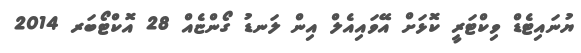
ޔުނައިޓެޑް ވިކްޓަރީ ކޮޅަށް އޭވައިއެލް އިން ލަނޑު ގޯންޏެއް 28 އޮކްޓޯބަރ 2014